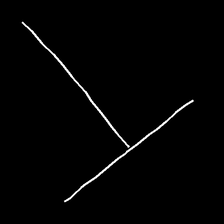
Glyph: column